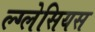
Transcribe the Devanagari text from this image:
ल्ग्लेसियस